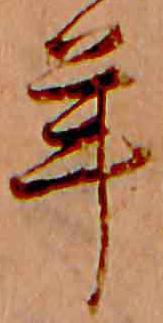
年